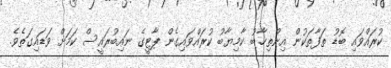
ކުރައްވައި ބޮޑު ތަފާތަކުން އިންތިޚާބު ކާމިޔާބު ކުރައްވައިގެން ޕާޓީގެ ނައިބުރައީސް ކަމަށް ވަޑައިގަތެވެ.